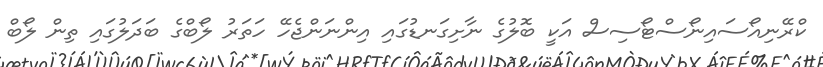
ކްރޭނިއޯސައިނޯސްޓޯސިސް އަކީ ބޮލުގެ ނާށިގަނޑުގައި އިންނަންޖެހޭ ހަތަރު ލޯބްގެ ބަދަލުގައި ތިން ލޯބް